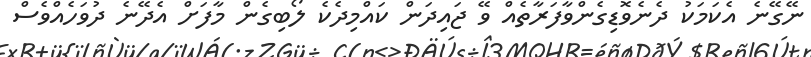
ނޭގޭނެ އެކަމަކު ދެނެވޮޑިގެންވާފަރާތެއް ވޭ ޖައިދަން ކައްމިދެކެ ލޯބިގެން މާފަށް އެދޭނެ ދުވަހެއްވެސް